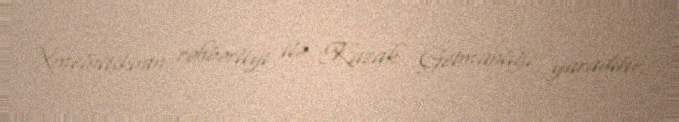
Xmelnitskinin rəhbərliyi ilə Kazak Getmanlığı yaradılır.